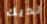
لديك